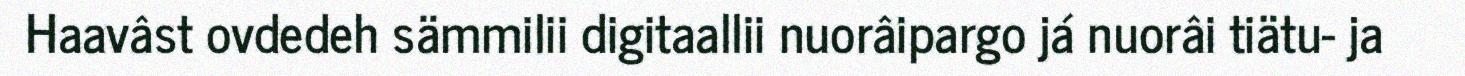
Haavâst ovdedeh sämmilii digitaallii nuorâipargo já nuorâi tiätu- ja